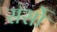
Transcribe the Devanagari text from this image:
सर्सो